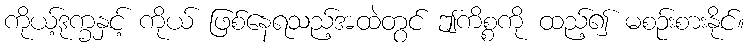
ကိုယ့်ဒုက္ခနှင့် ကိုယ် ဖြစ်နေရသည့်အထဲတွင် ဤကိစ္စကို ထည့်၍ မစဉ်းစားနိုင်။